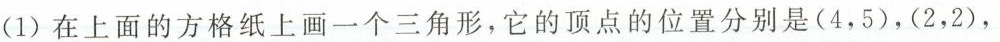
(1)在上面的方格纸上画一个三角形，它的顶点的位置分别是(4，5)，(2，2)，